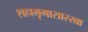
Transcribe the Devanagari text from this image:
शहामृगासारखा